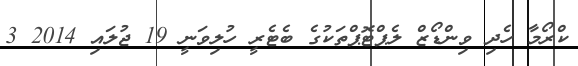
ކްރޯމާ ހެދި ވިންޑޯޒް ލެޕްޓޮޕްތަކުގެ ބެޓެރީ ހުލިވަނީ 19 ޖުލައި 2014 3